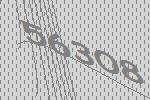
56308